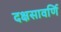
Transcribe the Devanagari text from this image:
दक्षसावर्णि